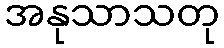
အနုသာသတု